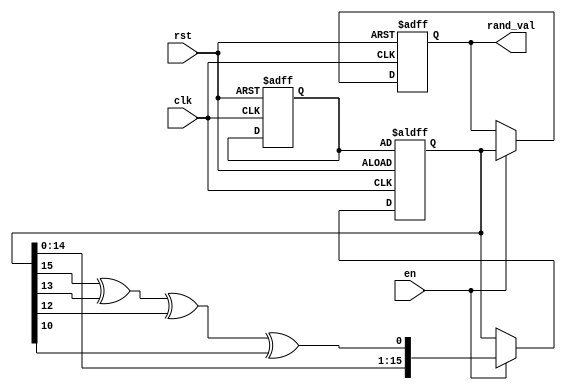
module Random_Initialization (
    input wire clk,          // Clock signal
    input wire rst,          // Asynchronous reset
    input wire en,           // Enable signal
    output reg [15:0] rand_val // Output random value (16-bit)
);

    reg [15:0] seed;        // Seed for the random number generator
    reg [15:0] random_state; // State variable for the random number generator

    // Pseudo-random number generator (LFSR example)
    always @(posedge clk or posedge rst) begin
        if (rst) begin
            // Reset behavior
            rand_val <= 16'b0; // Initialize output to zero
            seed <= 16'hACE1;  // Initialize seed (can be changed)
            random_state <= seed; // Start with the seed value
        end else if (en) begin
            // Random value generation
            // Example LFSR feedback taps (for a 16-bit LFSR)
            random_state <= {random_state[14:0], random_state[15] ^ random_state[13] ^ random_state[12] ^ random_state[10]};
            rand_val <= random_state; // Update output with the new random value
        end
    end

endmodule